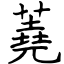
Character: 蕘